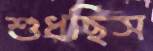
শুধছিস